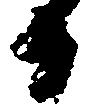
日